Distribution and causation of leprosy in British India
Year: 1875
Disease focus: Leprosy
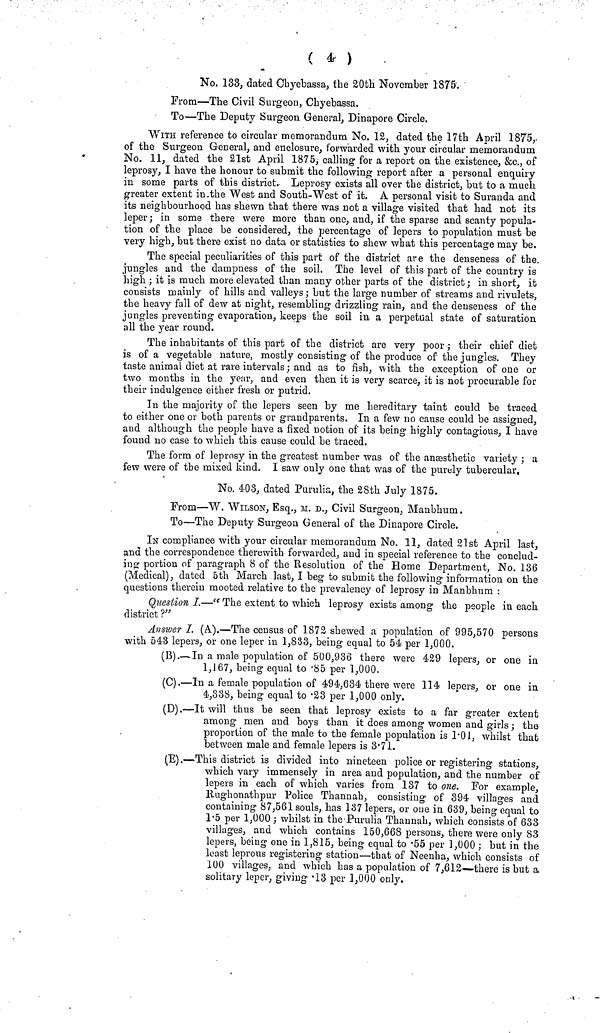
( 4 )
No. 133, dated Cbyebassa, the 20th November 1875.
From—The Civil Surgeon, Chyebassa.
To—The Deputy Surgeon General, Dinapore Circle.
WITH reference to circular memorandum No. 12, dated the 17th April 1875,
of the Surgeon General, and enclosure, forwarded with your circular memorandum
No. 11, dated the 21st April 1875, calling for a report on the existence, &c., of
leprosy, I have the honour to submit the following report after a personal enquiry
in some parts of this district. Leprosy exists all over the district, but to a much,
greater extent in.the West and South-West of it. A personal visit to Suranda and
its neighbourhood has shewn that there was not a village visited that had not its
leper; in some there were more than one, and, if the sparse and scanty popula-
tion of the place be considered, the percentage of lepers to population must be
very high, but there exist no data or statistics to shew what this percentage may be.
The special peculiarities of this part of the district are the denseness of the
jungles and the dampness of the soil. The level of this part of the country is
high ; it is much more elevated than many other parts of the district ; in short, it
consists mainly of hills and valleys; but the large number of streams and rivulets,
the heavy fall of dew at night, resembling drizzling rain, and the deuseuess of the
jungles preventing evaporation, keeps the soil in a perpetual state of saturation
all the year round.
The inhabitants of this part of the district are very poor ; their chief diet
is of a vegetable nature, mostly consisting of the produce of the jungles. They
taste animal diet at rare intervals ; and as to fish, with the exception of one or
two months in the year, and even then it is very scarce, it is not procurable for
their indulgence either fresh or putrid.
In the majority of the lepers seen by me hereditary taint could be traced
to either one or both parents or grandparents. In a few no cause could be assigned,
and although the people have a fixed notion of its being highly contagious, I have
found no case to which this cause could be traced.
The form of leprosy in the greatest number was of the anesthetic variety ; a
few were of the mixed kind. I saw only one that was of the purely tubercular,
No. 403, dated Purulia, the 28th July 1875.
From—W. WILSON, Esq., M. D., Civil Surgeon, Manbhum.
To—The Deputy Surgeon General of the Dinapore Circle.
IN compliance with your circular memorandum No. 11, dated 21st April last,
and the correspondence therewith forwarded, and in special reference to the conclud-
ing portion of paragraph 8 of the Resolution of the Home Department, No. 136
(Medical), dated 5th March last, I beg to submit the following information on the
questions therein mooted relative to the prevalency of leprosy in Manbhum :
Question J.— c< The extent to which leprosy exists among the people in each
district ?"
AììSiver 1. (A).—The census of 1872 shewed a population of 995,570 persons
with 543 lepers, or one leper in 1,833, being equal to 54 per 1,000.
(B).— In a male population of 500,936 there were 429 lepers, or one in
1,167, being equal to '85 per 1,000.
(C).—In a female population of 494,634 there were 114 lepers, or one in
4,338, being equal to -23 per 1,000 only.
(D).—It will thus be seen that leprosy exists to a far greater extent
among men and boys than it does among women and girls ; the
proportion of the male to the female population is Γ01, whilst that
between male and female lepers is 3*71.
(Έ).—This district is divided into nineteen police or registering stations,
which vary immensely in area and population, and the number of
lepers in each of which varies from 137 to one. For example,
Rughonathpur Police Thannah, consisting of 394 villages and
containing 87,561 souls, has 137 lepers, or one in 639, being equal to
1-5 per 1,000; whilst in the·Purulia Thannah, which consists of 633
villages, and which contains 150,668 persons, there were only 83
lepers, being one in 1,815, being equal to -55 per 3,000 ; but in the
least leprous registering station·—that of Neenha, which consists of
100 villages, and which has a population of 7,612—there is but a
solitary leper, giving '13 per 1,000 only.